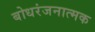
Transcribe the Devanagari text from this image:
बोधरंजनात्मक